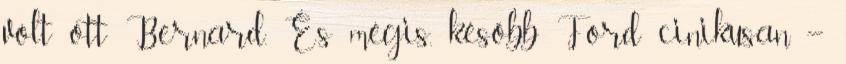
volt ott Bernard. És mégis, később Ford cinikusan –